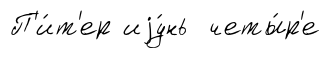
П'и́т'ер иjу́нь четы́р'е